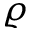
\varrho